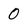
Character: 0